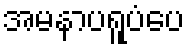
အမနာပရူပံပေ